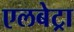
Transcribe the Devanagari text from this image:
एलबेट्रा